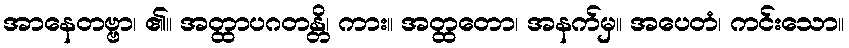
အာနေတဗ္ဗာ၊ ၏။ အတ္ထာပဂတန္တိ၊ ကား။ အတ္ထတော၊ အနက်မှ။ အပေတံ၊ ကင်းသော။